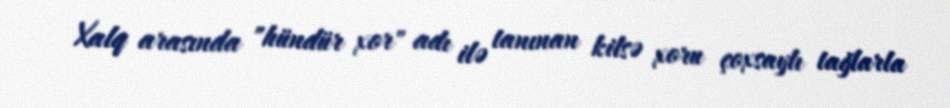
Xalq arasında "hündür xor" adı ilə tanınan kilsə xoru çoxsaylı tağlarla